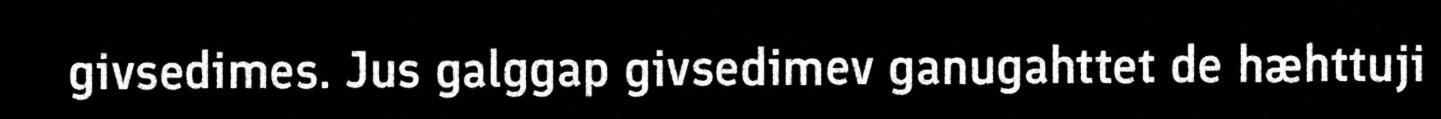
givsedimes. Jus galggap givsedimev ganugahttet de hæhttuji